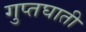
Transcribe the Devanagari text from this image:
गुप्तघाती